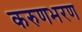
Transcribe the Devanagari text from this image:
करुणभरण